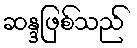
ဆန္ဒဖြစ်သည်